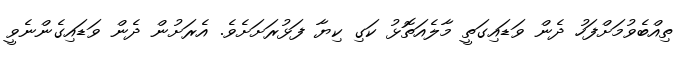
ތިއްބެވުމަށްފަހު ދެން ވަޑައިގަތީ މާލެއަތޮޅު ކަގި ކިޔާ ފަޅުރަށަށެވެ. އެރަށުން ދެން ވަޑައިގެންނެވީ